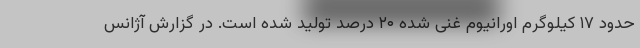
حدود ۱۷ کیلوگرم اورانیوم غنی شده ۲۰ درصد تولید شده است. در گزارش آژانس